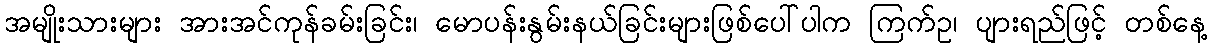
အမျိုးသားများ အားအင်ကုန်ခမ်းခြင်း၊ မောပန်းနွမ်းနယ်ခြင်းများဖြစ်ပေါ်ပါက ကြက်ဥ၊ ပျားရည်ဖြင့် တစ်နေ့